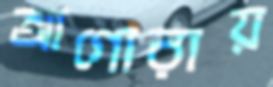
আগোরায়